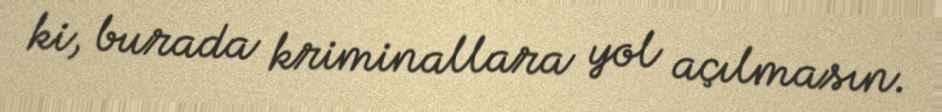
ki, burada kriminallara yol açılmasın.